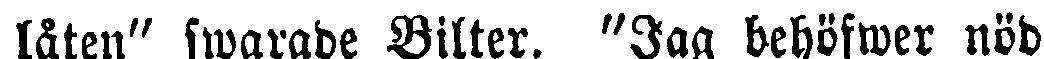
låten" swarade Bilter. "Jag behöfwer nöd-